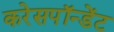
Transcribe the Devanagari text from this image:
करेसपॉन्डेंट